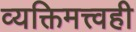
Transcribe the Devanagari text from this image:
व्यक्तिमत्त्वही